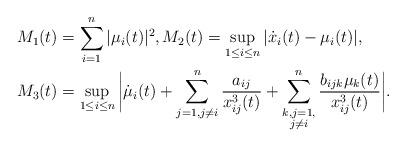
LaTeX: \begin{align*}&M_1(t)=\sum_{i=1}^n|\mu_i(t)|^2,M_2(t)=\sup_{1\leq i\leq n}|\dot{x}_i(t)-\mu_i(t)|,\\&M_3(t)=\sup_{1\leq i\leq n}\bigg|\dot{\mu}_i(t)+\sum^n_{j=1,j\not=i}\frac{a_{ij}}{x^3_{ij}(t)}+\sum^n_{\substack{k,j=1,\\j\not=i}}\frac{b_{ijk}\mu_k(t)}{x^3_{ij}(t)}\bigg|.\end{align*}